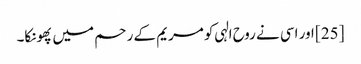
[25] اور اسی نے روح الہی کو مریم کے رحم میں پھونکا۔